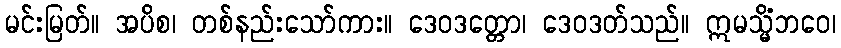
မင်းမြတ်။ အပိစ၊ တစ်နည်းသော်ကား။ ဒေဝဒတ္တော၊ ဒေဝဒတ်သည်။ ဣမသ္မိံဘဝေ၊